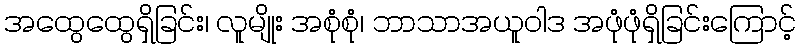
အထွေထွေရှိခြင်း၊ လူမျိုး အစုံစုံ၊ ဘာသာအယူဝါဒ အဖုံဖုံရှိခြင်းကြောင့်